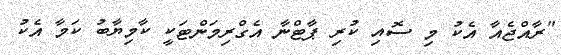
"ރާއްޖެއާ އެކު މި ސޮއި ކުރި ޕާޓްނާ އެގްރިމަންޓަކީ ކާމިޔާބު ކަމާ އެކު